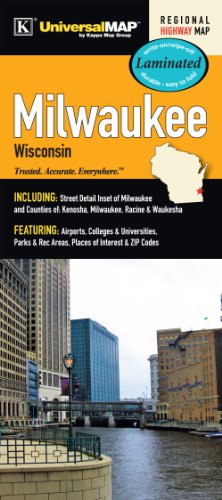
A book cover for Milwaukee, WI Laminated Map; Kappa Map Group; Travel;